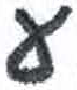
אות: פ